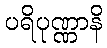
ပရိပုဏ္ဏာနိ